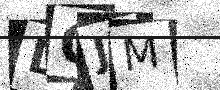
Text: DOJM